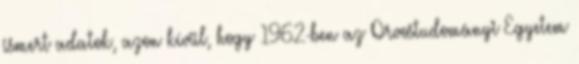
ismert adatok, azon kívül, hogy 1962-ben az Orvostudományi Egyetem